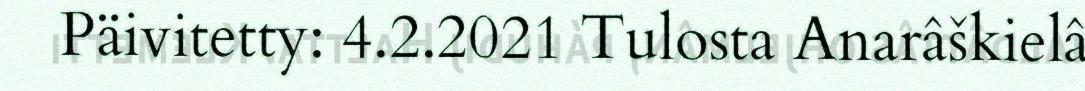
Päivitetty: 4.2.2021 Tulosta Anarâškielâ